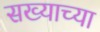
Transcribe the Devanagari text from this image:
सख्याच्या